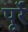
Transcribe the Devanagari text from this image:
पूर्रे